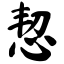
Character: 恝